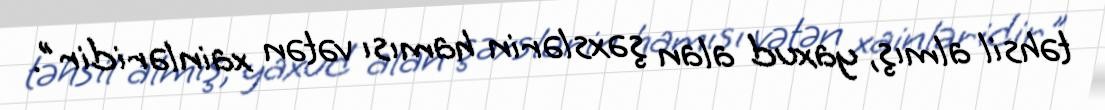
təhsil almış, yaxud alan şəxslərin hamısı vətən xainləridir".